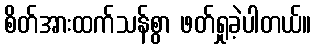
စိတ်အားထက်သန်စွာ ဖတ်ရှုခဲ့ပါတယ်။